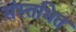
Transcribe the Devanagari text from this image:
संस्तभित